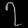
Digit: ၇